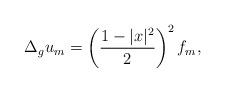
LaTeX: \begin{align*} \Delta_g u_m = \left(\frac{1 - |x|^2}{2}\right)^2 f_m,\end{align*}